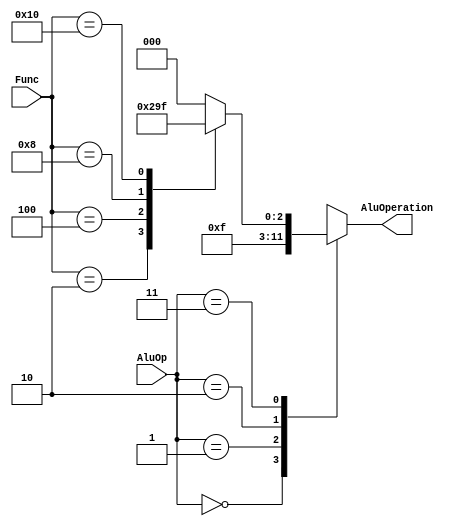
`timescale 1ns/1ns
module AluController(input [1:0] AluOp, input [5:0] Func, output reg [2:0]  AluOperation);
    parameter [5:0] sum = 6'b000001, sub = 6'b000010,And = 6'b000100,Or = 6'b001000, slt = 6'b010000;
    always @(AluOp, Func) begin
        AluOperation = 3'b000;
        case(AluOp)
            2'b00 :
                AluOperation = 3'b000;
            2'b01 : 
                AluOperation = 3'b001;
            2'b10 :
                AluOperation = 3'b111;
            2'b11 : begin
                case(Func)
                    sum :
                        AluOperation = 3'b000;
                    sub :
                        AluOperation = 3'b001;
                    And :
                        AluOperation = 3'b010;
                    Or  :
                        AluOperation = 3'b011;
                    slt :
                        AluOperation = 3'b111;

                endcase
            end 
        endcase
    end
endmodule